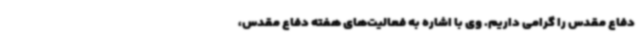
دفاع مقدس را گرامی داریم. وی با اشاره به فعالیت‌های هفته دفاع مقدس،